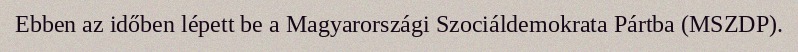
Ebben az időben lépett be a Magyarországi Szociáldemokrata Pártba (MSZDP).